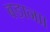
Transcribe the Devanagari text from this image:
बड़ाना।